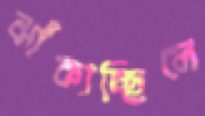
ঝাঁকাচ্ছিলে